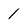
Character: 1